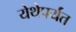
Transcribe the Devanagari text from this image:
येथेपर्यंत